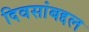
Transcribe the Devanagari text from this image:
दिवसांबद्दल